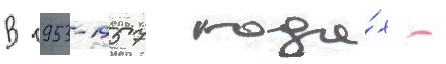
В 1953-1957 года́х -